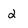
Character: 2